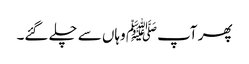
پھر آپﷺ وہاں سے چلے گئے۔